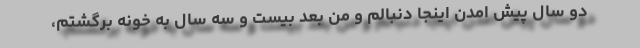
دو سال پیش امدن اینجا دنبالم و من بعد بیست و سه سال به خونه برگشتم،